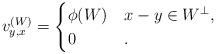
LaTeX: \begin{align*} v^{(W)}_{y,x}=\begin{cases}\phi(W)&x-y\in W^{\bot},\\0&.\end{cases}\end{align*}